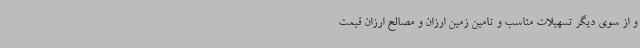
و از سوی دیگر تسهیلات مناسب و تامین زمین ارزان و مصالح ارزان قیمت